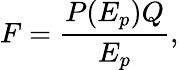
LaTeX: F=\frac{P(E_{p})Q}{E_{p}},